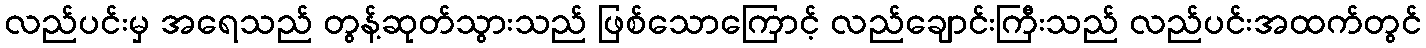
လည်ပင်းမှ အရေသည် တွန့်ဆုတ်သွားသည် ဖြစ်သောကြောင့် လည်ချောင်းကြီးသည် လည်ပင်းအထက်တွင်